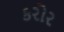
કરોર